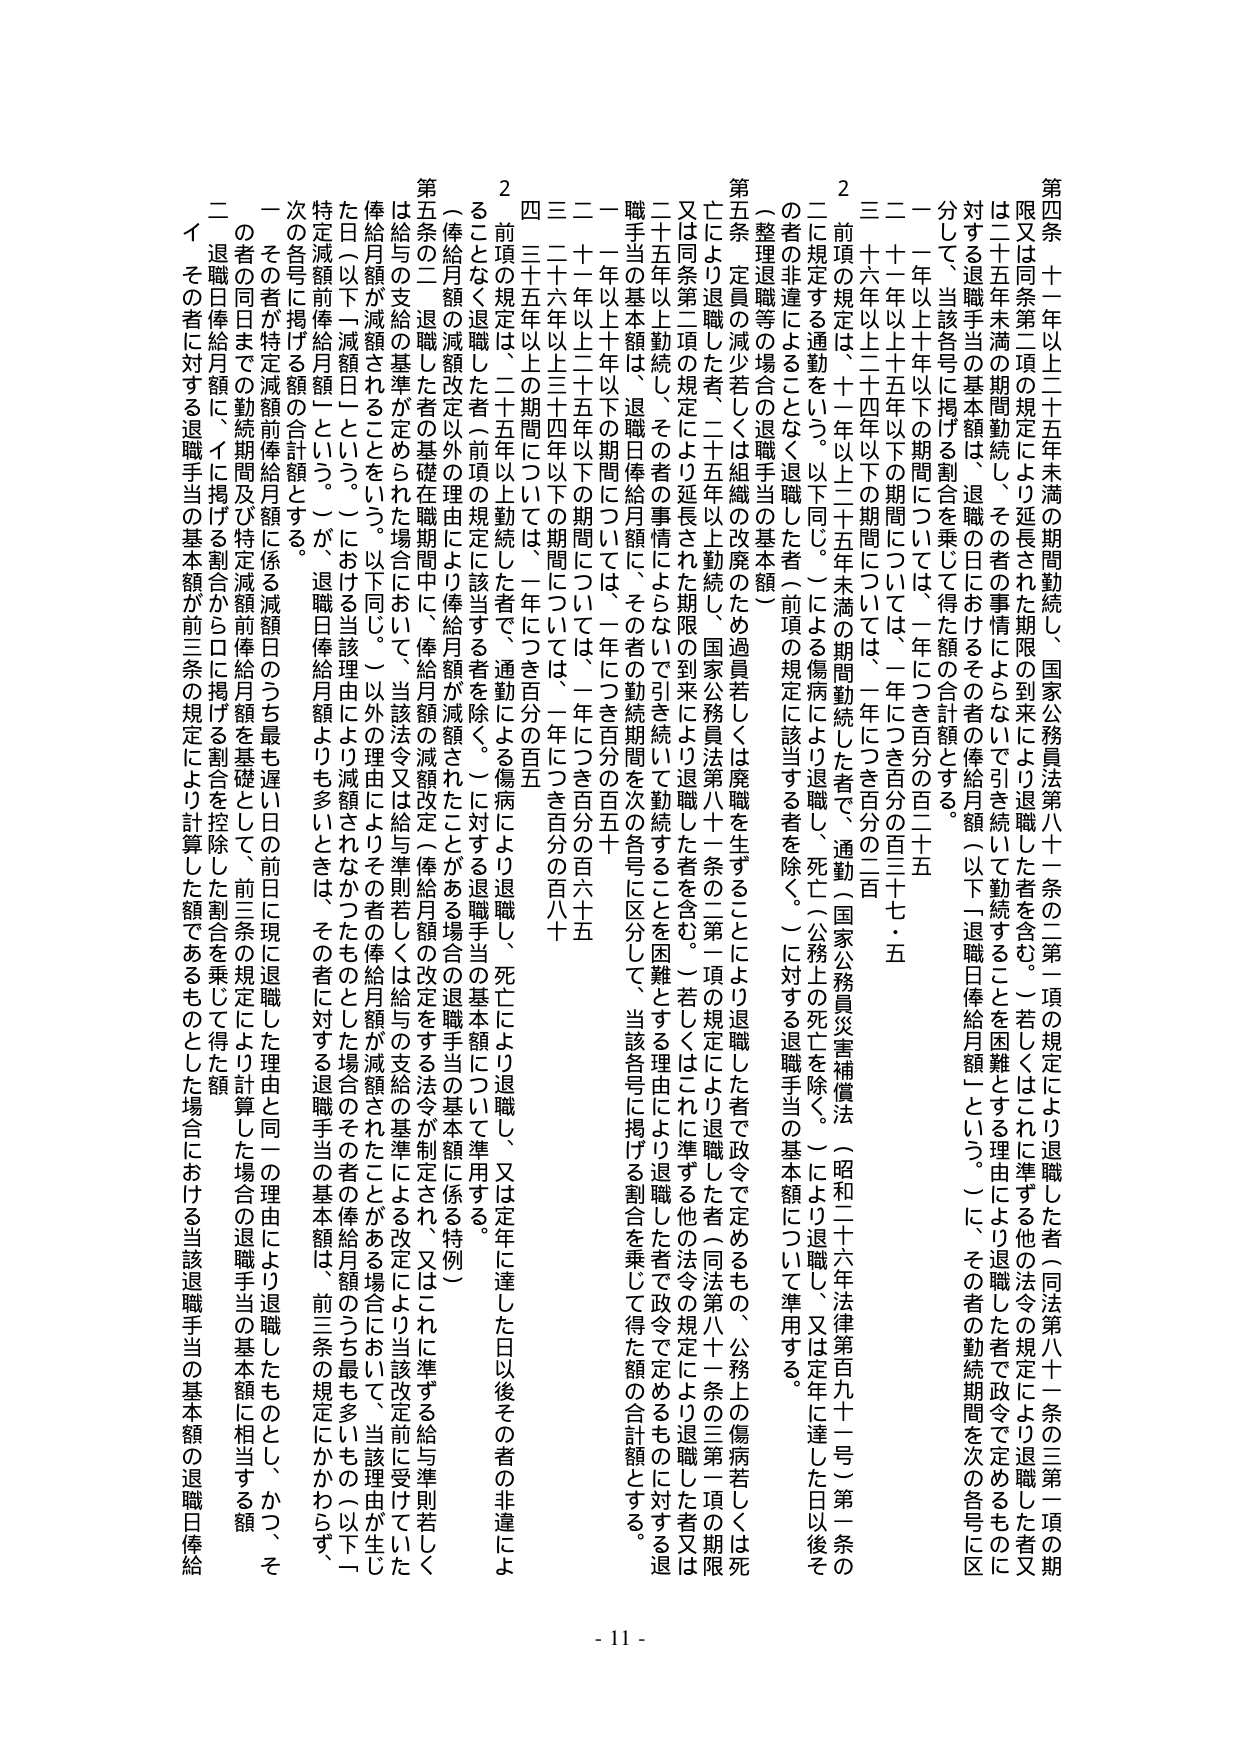
第四条 十一年以上二十五年未満の期間勤続し、国家公務員法第八十一条の三第一項の規定により退職した者（同法第八十一条の三第一項の期限又は同条第二項の規定により延長された期限の到来により退職した者を含む。）若しくはこれに準ずる他の法令の規定により退職した者又は二十五年未満の期間勤続し、その者の事情によらないで引き続いて勤続することを困難とする理由により退職した者で政令で定めるものに対する退職手当の基本額は、退職の日におけるその者の俸給月額（以下「退職日俸給月額」という。）に、その者の勤続期間を次の各号に区分して、当該各号に掲げる割合を乗じて得た額の合計額とする。

一 十年以上十年以下の期間については、一年につき百分の百二十五
二 十一年以上十五年以下の期間については、一年につき百分の百三十七・五
三 十六年以上二十四年以下の期間については、一年につき百分の百
２ 前項の規定は、十一年以上二十五年未満の期間勤続した者で、通勤（国家公務員災害補償法（昭和二十六年法律第百九十一号）第一条の二に規定する通勤をいう。以下同じ。）による傷病により退職し、死亡（公務上の死亡を除く。）により退職し、又は定年に達した日以後その者の非違による通勤の事情によらないで引き続いて勤続することを困難とする理由により退職した者（前項の規定に該当する者を除く。）に対する退職手当の基本額について準用する。

第五条 定員の減少若しくは組織の改廃のため過員若しくは廃職を生ずることにより退職した者で政令で定めるもの、公務上の傷病若しくは死亡により退職した者、二十五年以上勤続し、国家公務員法第八十一条の二第一項の規定により退職した者（同法第八十一条の三第一項の期限又は同条第二項の規定により延長された期限の到来により退職した者を含む。）若しくはこれに準ずる他の法令の規定により退職した者又は二十五年以上勤続し、その者の事情によらないで引き続いて勤続することを困難とする理由により退職した者で政令で定めるものに対する退職手当の基本額は、退職日俸給月額に、その者の勤続期間を次の各号に区分して、当該各号に掲げる割合を乗じて得た額の合計額とする。

一 十年以上十年以下の期間については、一年につき百分の百五十
二 十一年以上二十五年以下の期間については、一年につき百分の百六十五
三 二十六年以上三十四年以下の期間については、一年につき百分の百八十
四 三十五年以上の期間については、一年につき百分の百五

２ 前項の規定は、二十歳以上勤続した者で、通勤により退職し、死亡により退職し、又は定年に達した日以後その者の非違による通勤の事情によらないで引き続いて勤続することを困難とする理由により退職した者（前項の規定に該当する者を除く。）に対する退職手当の基本額について準用する。

（俸給月額の減額改定以外の理由により俸給月額が減額されたことがある場合の退職手当の基本額に係る特例）

第五条の二 退職した者の基礎在職期間中に、俸給月額の減額改定（俸給月額の改定をする法令が制定され、又はこれに準ずる給与準則若しくは給与の支給の基準による改定により当該改定前に受けていた俸給月額が減額されることをいう。以下同じ。）以外の理由によりその者の俸給月額が減額されたことがある場合において、当該理由が生じた日（以下「減額日」という。）における当該理由により減額されなかったものとした場合のその者の俸給月額のうち最も多いもの（以下「特定減額前俸給月額」という。）が、退職日俸給月額よりも多いときは、その者に対する退職手当の基本額は、前三条の規定にかかわらず、次の各号に掲げる額の合計額とする。

一 その者が特定減額前俸給月額に係る減額日のうち最も遅い日の前日に現に退職した理由と同一の理由により退職したものとし、かつ、その者の同日までの勤続期間及び特定減額前俸給月額を基礎として、前三条の規定により計算した場合の退職手当の基本額に相当する額
二 退職日俸給月額に、イに掲げる割合からロに掲げる割合を控除した割合を乗じて得た額
イ その者に対する退職手当の基本額が前三条の規定により計算した額であるものとした場合における当該退職手当の基本額の退職日俸給

- 11 -